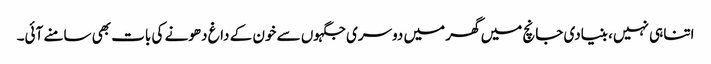
اتنا ہی نہیں، بنیادی جانچ میں گھر میں دوسری جگہوں سے خون کے داغ دھونے کی بات بھی سامنے آئی۔